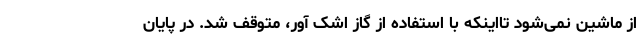
از ماشین نمی‌شود تااینکه با استفاده از گاز اشک آور، متوقف شد. در پایان